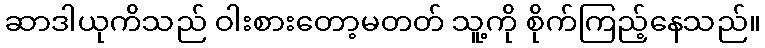
ဆာဒါယုကိသည် ဝါးစားတော့မတတ် သူ့ကို စိုက်ကြည့်နေသည်။